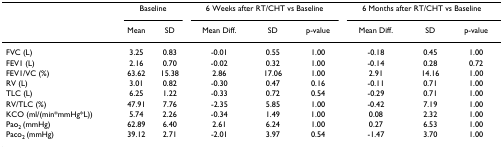
<table><thead><tr><td></td><td colspan="2"><b>Baseline</b></td><td colspan="3"><b>6 Weeks after RT/CHT vs Baseline</b></td><td colspan="3"><b>6 Months after RT/CHT vs Baseline</b></td></tr><tr><td></td><td><b>Mean</b></td><td><b>SD</b></td><td><b>Mean Diff.</b></td><td><b>SD</b></td><td><b>p-value</b></td><td><b>Mean Diff.</b></td><td><b>SD</b></td><td><b>p-value</b></td></tr></thead><tbody><tr><td>FVC (L)</td><td>3.25</td><td>0.83</td><td>-0.01</td><td>0.55</td><td>1.00</td><td>-0.18</td><td>0.45</td><td>1.00</td></tr><tr><td>FEV1 (L)</td><td>2.16</td><td>0.70</td><td>-0.02</td><td>0.32</td><td>1.00</td><td>-0.14</td><td>0.28</td><td>0.72</td></tr><tr><td>FEV1/VC (%)</td><td>63.62</td><td>15.38</td><td>2.86</td><td>17.06</td><td>1.00</td><td>2.91</td><td>14.16</td><td>1.00</td></tr><tr><td>RV (L)</td><td>3.01</td><td>0.82</td><td>-0.30</td><td>0.47</td><td>0.16</td><td>-0.11</td><td>0.71</td><td>1.00</td></tr><tr><td>TLC (L)</td><td>6.25</td><td>1.22</td><td>-0.33</td><td>0.72</td><td>0.54</td><td>-0.29</td><td>0.71</td><td>1.00</td></tr><tr><td>RV/TLC (%)</td><td>47.91</td><td>7.76</td><td>-2.35</td><td>5.85</td><td>1.00</td><td>-0.42</td><td>7.19</td><td>1.00</td></tr><tr><td>KCO (ml/(min*mmHg*L))</td><td>5.74</td><td>2.26</td><td>-0.34</td><td>1.49</td><td>1.00</td><td>0.08</td><td>2.32</td><td>1.00</td></tr><tr><td>Pao<sub>2 </sub>(mmHg)</td><td>62.89</td><td>6.40</td><td>2.61</td><td>6.24</td><td>1.00</td><td>0.27</td><td>6.53</td><td>1.00</td></tr><tr><td>Paco<sub>2 </sub>(mmHg)</td><td>39.12</td><td>2.71</td><td>-2.01</td><td>3.97</td><td>0.54</td><td>-1.47</td><td>3.70</td><td>1.00</td></tr></tbody></table>